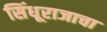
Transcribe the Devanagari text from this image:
सिंधूराजाचा